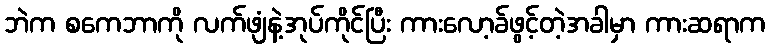
ဘဲက စကေဘာကို လက်ဖျံနဲ့အုပ်ကိုင်ပြီး ကားလော့ခ်ဖွင့်တဲ့အခါမှာ ကားဆရာက